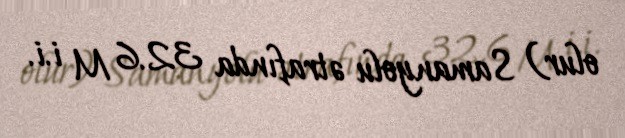
olur) Samanyolu ətrafında 32.6 M i.i.